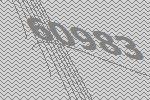
60983